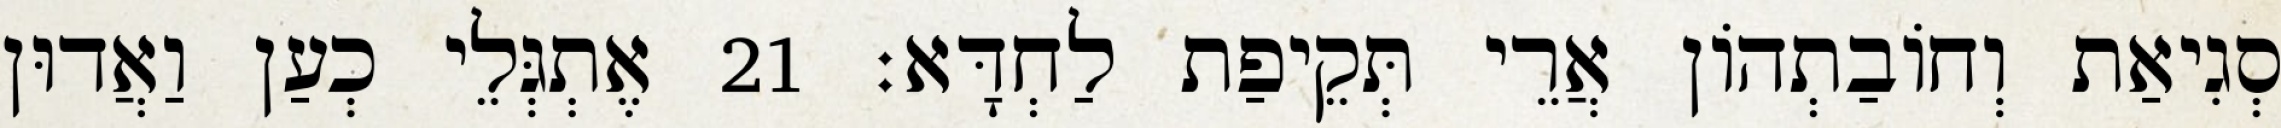
סְגִיאַת וְחוֹבַתְהוֹן אֲרֵי תְּקֵיפַת לַחְדָּא׃ 21 אֶתְגְּלֵי כְעַן וַאֲדוּן